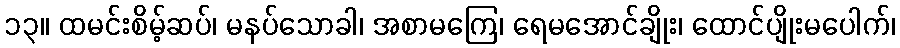
၁၃။ ထမင်းစိမ့်ဆပ်၊ မနပ်သောခါ၊ အစာမကြေ၊ ရေမအောင်ချိုး၊ ထောင်ပျိုးမပေါက်၊